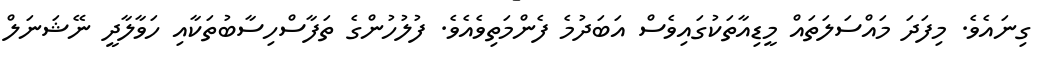
ގިނައެވެ. މިފަދަ މައްސަލަތައް މީޑިއާތަކުގައިވެސް އަބަދުމެ ފެންމަތިވެއެވެ. ފުލުހުންގެ ތަފާސްހިސާބުތަކާއި ހަވާލާދީ ނޭޝަނަލް